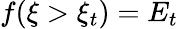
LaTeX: f(\xi>\xi_{t})=E_{t}